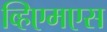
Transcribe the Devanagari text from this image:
व्हिएमएस